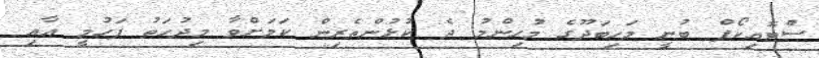
ސްޓޮއިކޯފް ބުނީ މަހިބަދޫގެ މުހިންމު ދެ ކުޅުންތެރިން ކަމަށްވާ މިދުހަތު ފަހުމީ އާއި